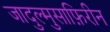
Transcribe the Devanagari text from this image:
जादुल्मुसाफ़िरीन